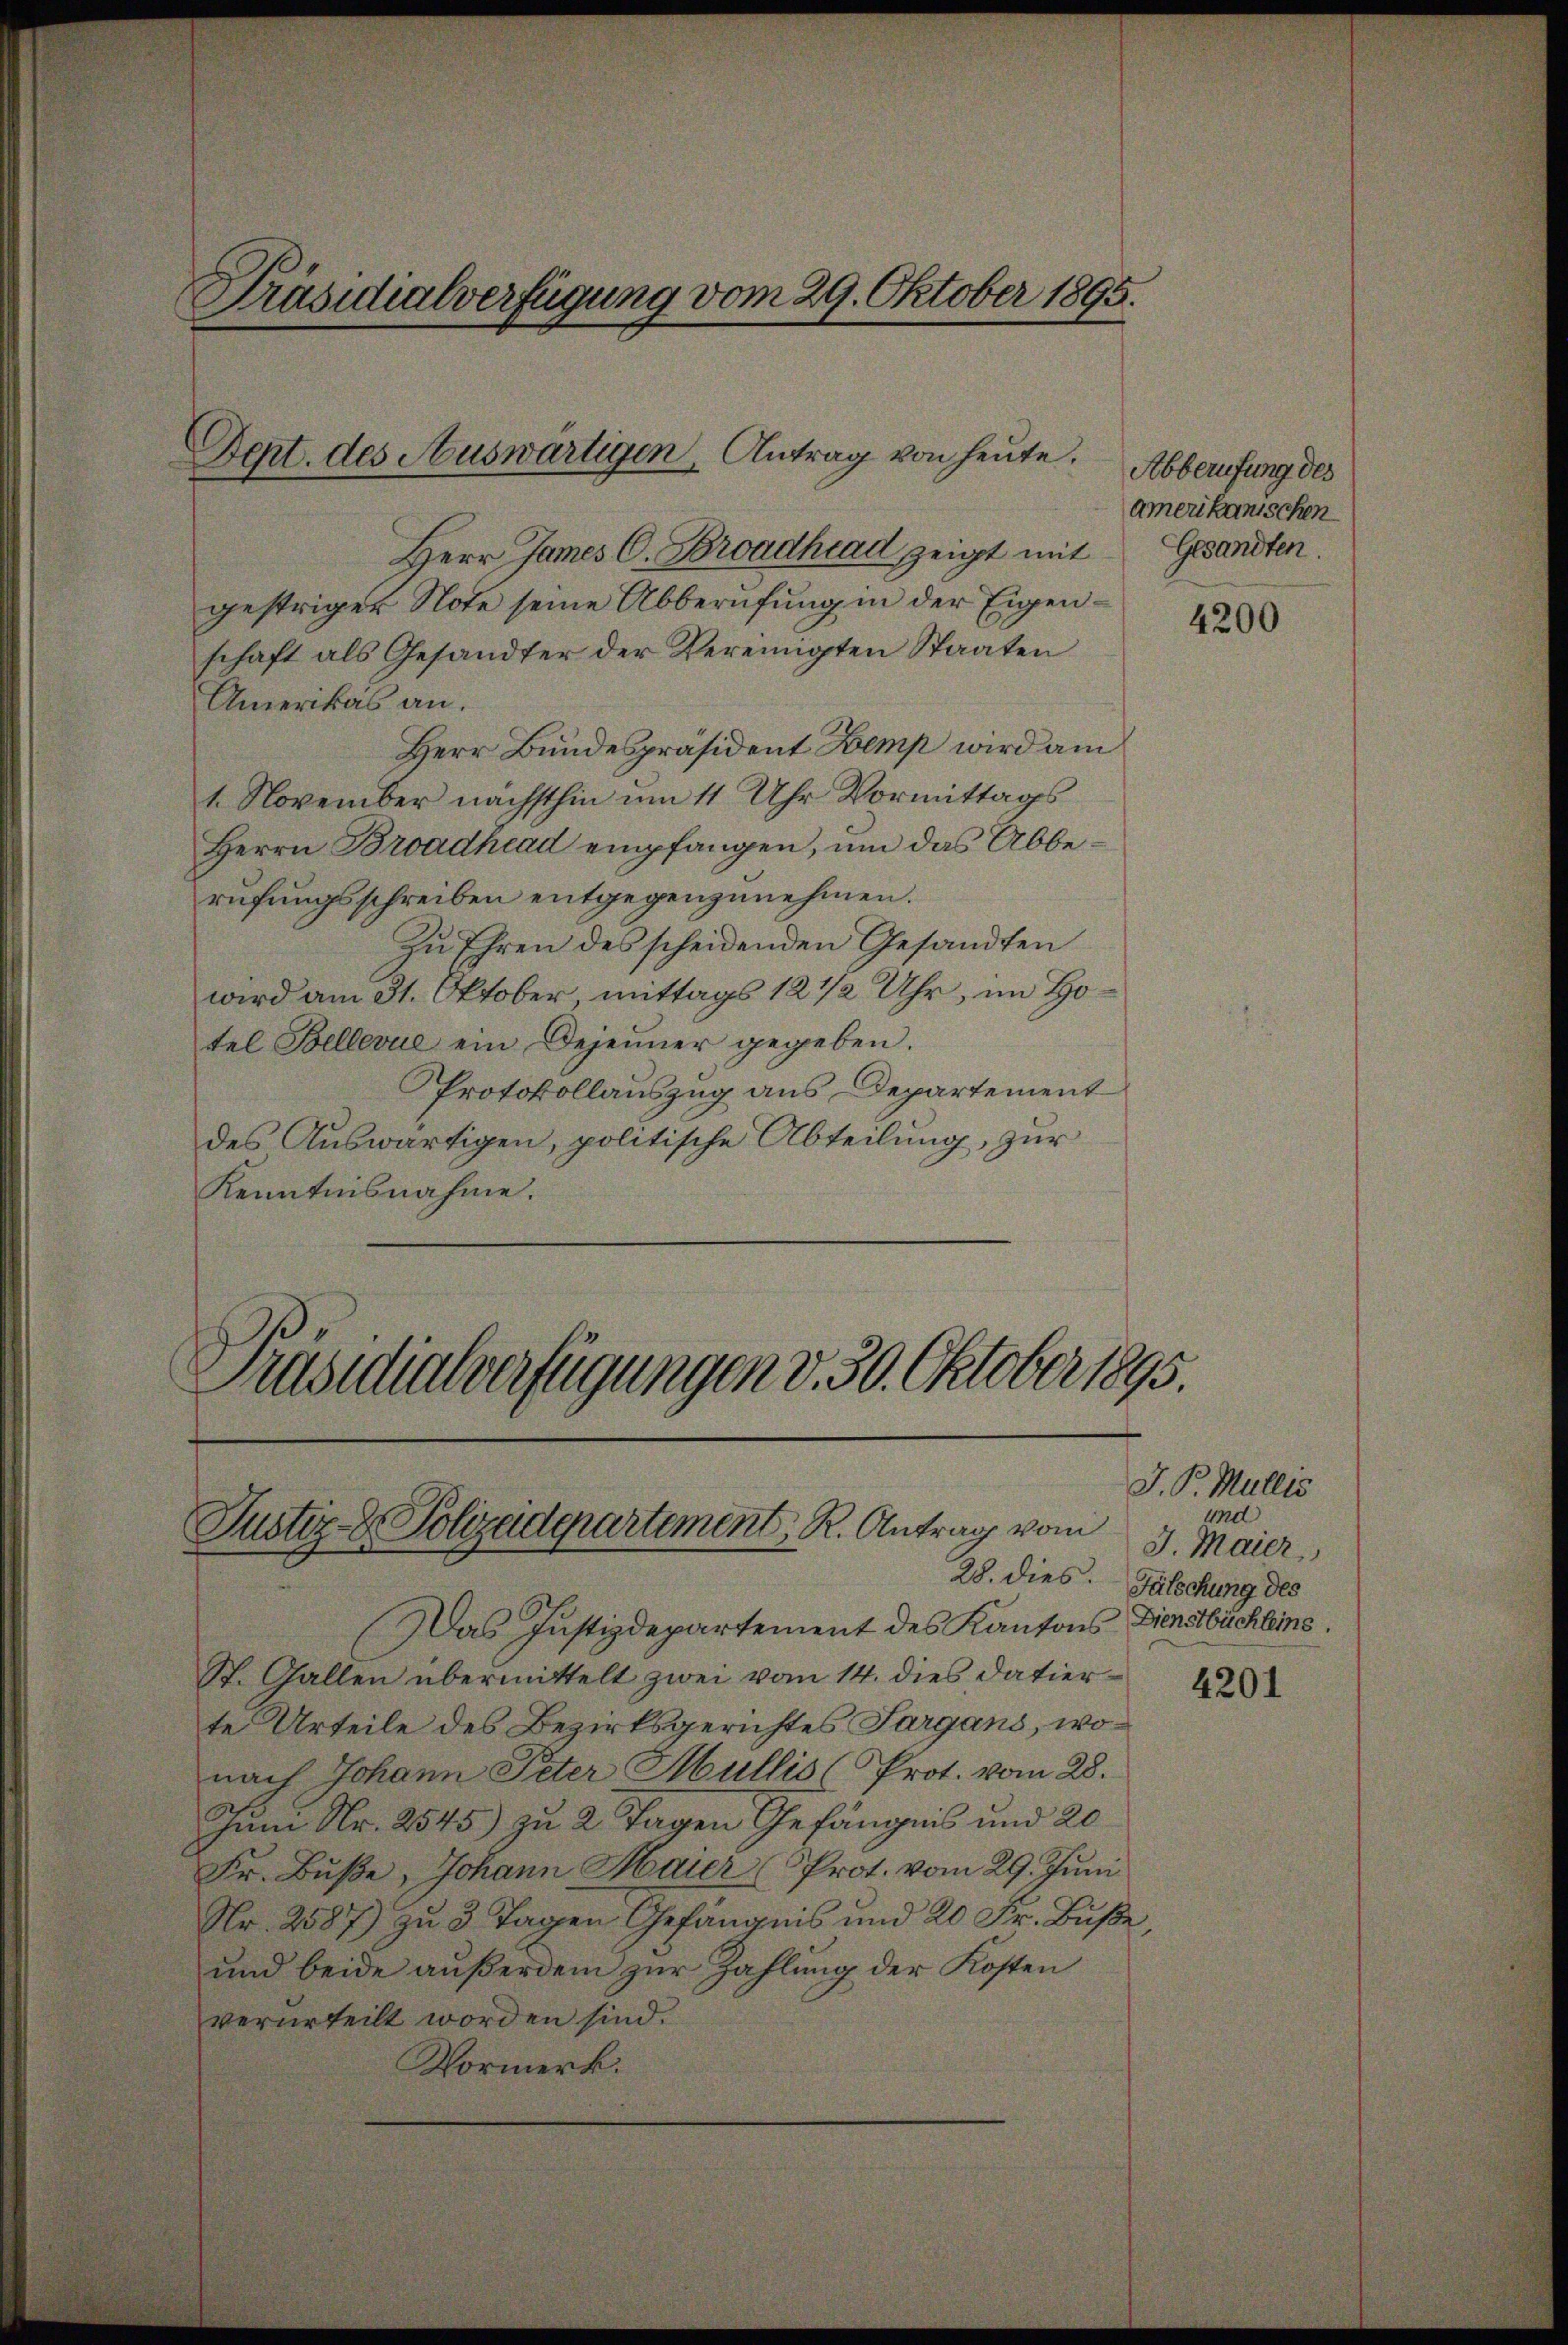
Präsidialverfügung vom 29. Oktober 1895.

Dent. des Auswärtigen, Antrag von heute.

Herr James C. Broadhrad zeigt mit
gestriger Note seine Abberufung in der Eigenschaft als Gesandter der Vereinigten Staaten
Amerikas an.
Herr Bundespräsident Kemp wird am
1. November nächsthin um 11 Uhr Vormittags
Herrn Broadhiad empfangen, um das Abberufungsschreiben entgegenzunehmen.
Zu Ihren des scheidenden Gesandten
wird am 31. Oktober, mittags 12 1/2 Uhr, im Hotel Bellevue ein Bejeiner gegeben.
PProtokollauszug aus Departement
des Auswärtigen, politische Abteilung, zur
Kenntnisnahme.

Justiz- & Polizadepartement, R. Antrag vom

Präsidialverfügungen d. 30. Oktober 1895.

Abberufung des
amerikanischen
Gesandten.

Das Justizdepartement des Kantons Dienstbüchleins.
St. Gallen übermittelt zwei vom 14. dies datierte Urteile des Bezirksgerichtes Sargans, wonach Johann Peter Mullis (Prot. vom 28.
zum Nr. 2545) zu 2 Tagen Gefängnis und 20
Fr. Buße, Johann Maier (Prot. vom 29. Juni
Nr. 2587) zu 3 Tagen Gefängnis und 20 Fr. Buße
und beide außerdem zur Zahlung der Kosten
verurteilt worden sind.
Vormerk.

4200

J. P. Mullis
und
J. Maier,
28. dies Fälschung des

4201